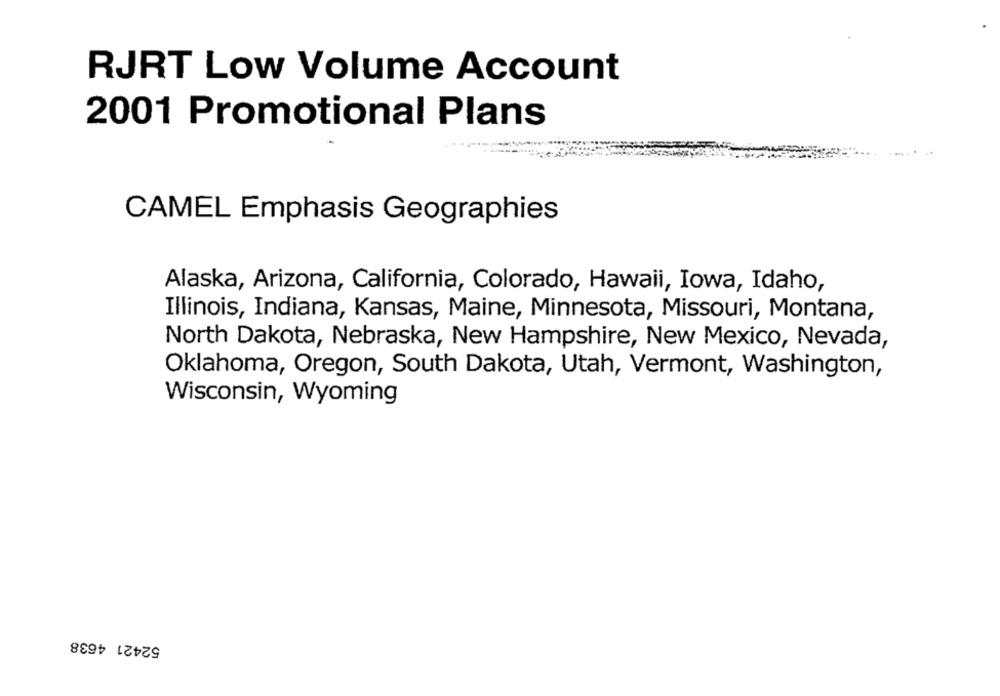
RJRT Low Volume Account
2001 Promotional Plans
CAMEL Emphasis Geographies
Alaska, Arizona, California, Colorado, Hawaii, Iowa, Idaho,
Illinois, Indiana, Kansas, Maine, Minnesota, Missouri, Montana,
North Dakota, Nebraska, New Hampshire, New Mexico, Nevada,
Oklahoma, Oregon, South Dakota, Utah, Vermont, Washington,
Wisconsin, Wyoming
52421 4638